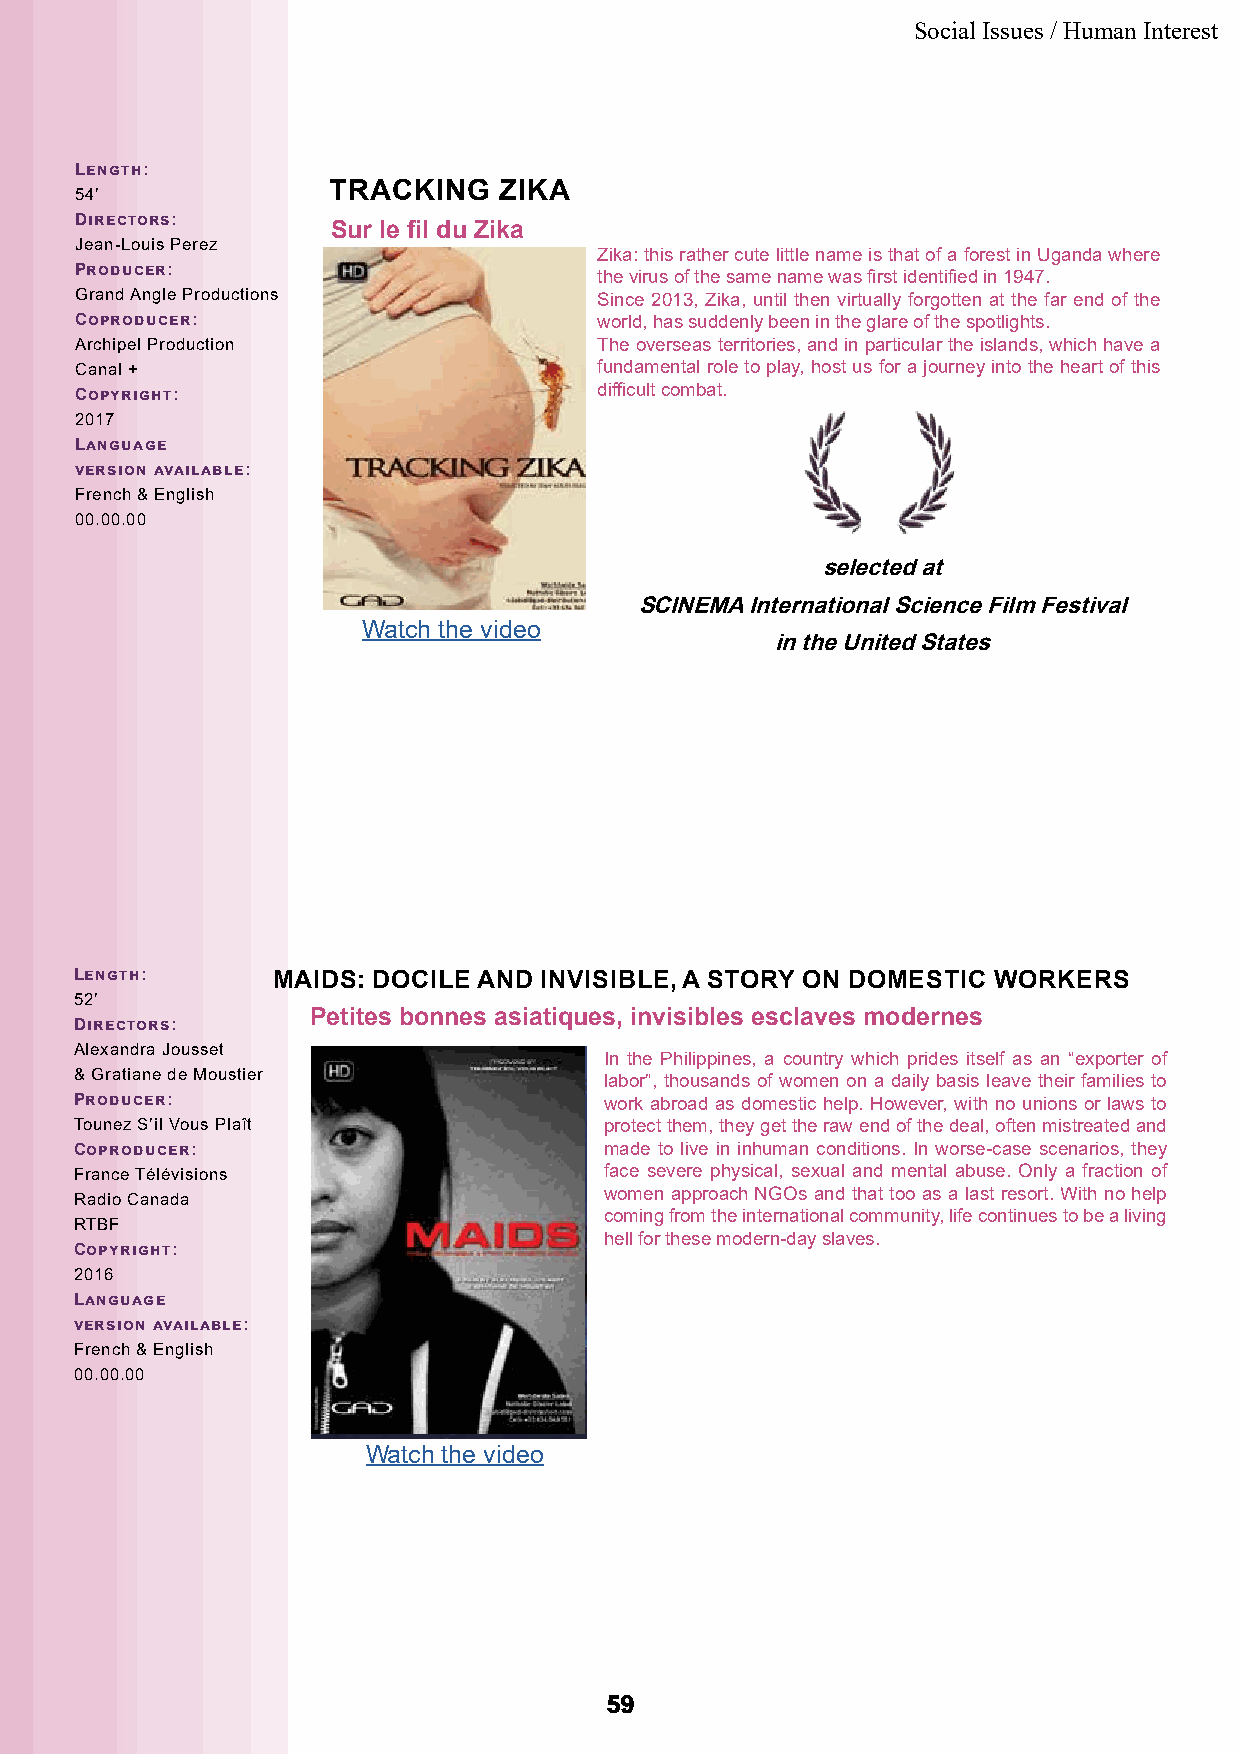
Social Issues / Human Interest
 Length:
 TRACKING   ZIKA
 54’
 Directors:
 Sur le fil du Zika
 Jean-Louis Perez
 Zika: this rather cute little name is that of a forest in Uganda where
 Producer:                          the virus of the same name was first identified in 1947.
 Grand Angle Productions            Since 2013, Zika, until then virtually forgotten at the far end of the
 Coproducer:                        world, has suddenly been in the glare of the spotlights.
 Archipel Production                The overseas territories, and in particular the islands, which have a
 Canal +                            fundamental role to play, host us for a journey into the heart of this
 difficult combat.
 Copyright:
 2017
 Language
 version available:
 French & English
 00.00.00
 selected at
 SCINEMA International Science Film Festival
 Watch the video
 in the United States
 Length:      MAIDS: DOCILE AND INVISIBLE, A STORY ON DOMESTIC WORKERS
 52’
 Petites bonnes asiatiques, invisibles esclaves modernes
 Directors:
 Alexandra Jousset
 In the Philippines, a country which prides itself as an “exporter of
 & Gratiane de Moustier             labor”, thousands of women on a daily basis leave their families to
 Producer:                          work abroad as domestic help. However, with no unions or laws to
 Tounez S’il Vous Plaît             protect them, they get the raw end of the deal, often mistreated and
 Coproducer:                        made to live in inhuman conditions. In worse-case scenarios, they
 France Télévisions                 face severe physical, sexual and mental abuse. Only a fraction of
 women approach NGOs and that too as a last resort. With no help
 Radio Canada
 coming from the international community, life continues to be a living
 RTBF
 hell for these modern-day slaves.
 Copyright:
 2016
 Language
 version available:
 French & English
 00.00.00
 Watch the video
 5599